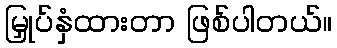
မြှုပ်နှံထားတာ ဖြစ်ပါတယ်။